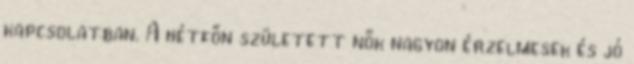
kapcsolatban. A hétfőn született nők nagyon érzelmesek és jó